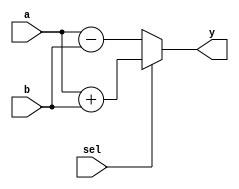
module combinational_logic (
    input wire [3:0] a,      // 4-bit input signal
    input wire [3:0] b,      // 4-bit input signal
    input wire sel,          // 1-bit select signal
    output reg [3:0] y       // 4-bit output signal
);

always @(*) begin
    // Default output value
    y = 4'b0000;

    // Combinational logic based on input values
    if (sel) begin
        // If sel is high, perform addition
        y = a + b;
    end else begin
        // If sel is low, perform subtraction
        y = a - b;
    end
end

endmodule